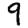
Digit: 9